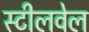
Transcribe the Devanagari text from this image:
स्टीलवेल